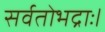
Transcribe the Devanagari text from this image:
सर्वतोभद्राः।